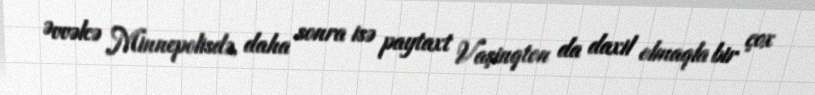
Əvvəlcə Minnepolisdə, daha sonra isə paytaxt Vaşinqton da daxil olmaqla bir çox